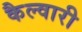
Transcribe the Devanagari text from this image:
कैल्वारी